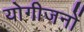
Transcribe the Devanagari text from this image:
योगीजनों